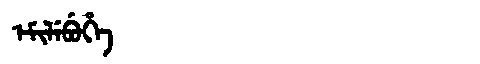
Manchu: ᡝᠮᡳᠯᡝᠪᡠᡥᡝ
Romanization: EMILEBUHE